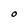
Character: O